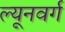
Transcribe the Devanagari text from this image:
ल्यूनवर्ग